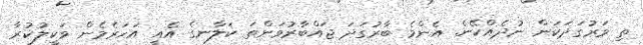
ތި ވަރުގަދަކަން ނުދެއްކޭނެ. އެންމެ ބާރުގަދަ ޖައްބާރުވަންތަ ކަލާނގެ އެއީ އަހަރެމެން ވަކީލުކުރާ